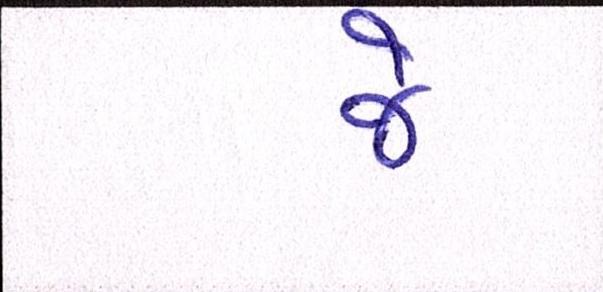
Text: જે